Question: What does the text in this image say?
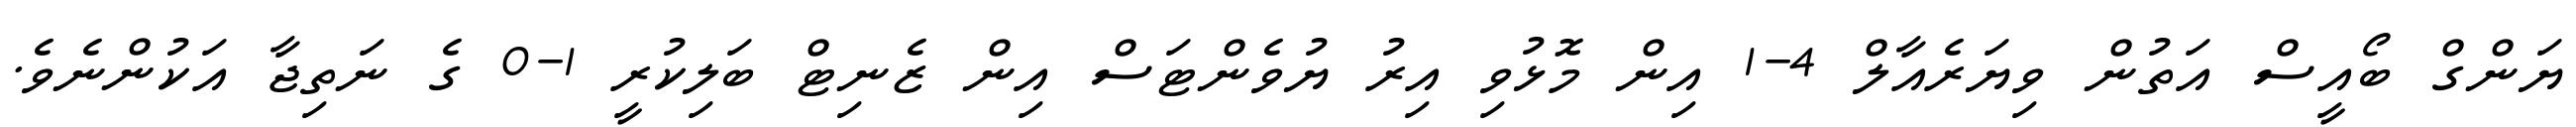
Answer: ޔަންގް ބޯއީސް އަތުން ވިޔަރެއާލް 4-1 އިން މޮޅުވި އިރު ޔުވެންޓަސް އިން ޒެނިޓް ބަލިކުރީ 1-0 ގެ ނަތިޖާ އަކުންނެވެ.